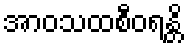
အာဝသထစီဝရန္တိ